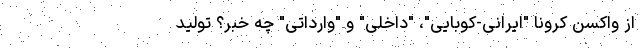
از واکسن کرونا "ایرانی-کوبایی"، "داخلی" و "وارداتی" چه خبر؟ تولید